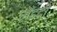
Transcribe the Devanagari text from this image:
मेँहदी